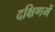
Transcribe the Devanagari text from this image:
दक्षिणमें